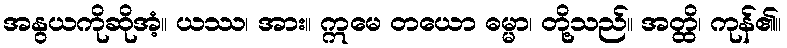
အနွယကိုဆိုအံ့။ ယဿ၊ အား။ ဣမေ တယော ဓမ္မာ၊ တို့သည်။ အတ္ထိ၊ ကုန်၏။